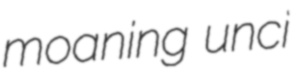
moaning unci